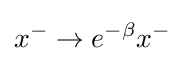
x^{-}\to e^{-\beta }x^{-}